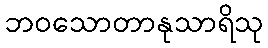
ဘဝသောတာနုသာရိသု